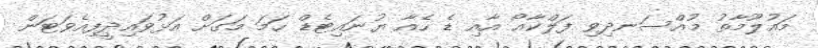
މައުލޫމާތު މުއްސަނދިވި ފަލްކާއޯ އާއި ޑެ ހެއާ ޔުނައިޓެޑް ހަމަ މަގަށް އަޅުވައިދީފިއެވަޓަން